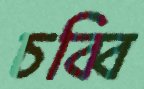
চব্বি